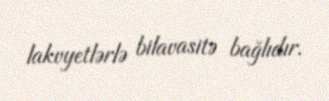
lakvyetlərlə bilavasitə bağlıdır.